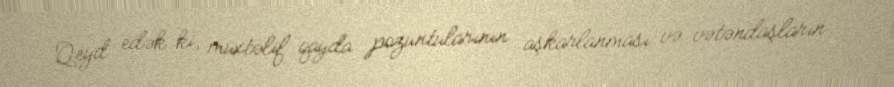
Qeyd edək ki, müxtəlif qayda pozuntularının aşkarlanması və vətəndaşların